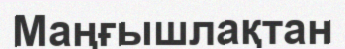
Маңғышлақтан